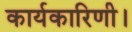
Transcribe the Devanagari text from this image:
कार्यकारिणी।